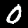
Digit: 0